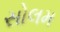
સોલમ